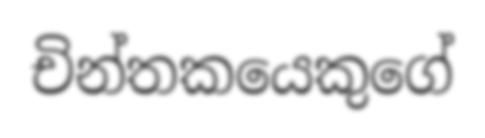
චින්තකයෙකුගේ